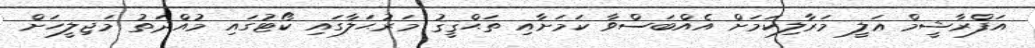
އަފްރާޝީމް ޢަލީ މަރާލިކަމަށް އެއްބަސްވާ ކަމަށާއި ތަޙްޤީޤު މަރުޙަލާގައި ކޯޓުގައި މުއްދަތު މަޖިލީހަށް